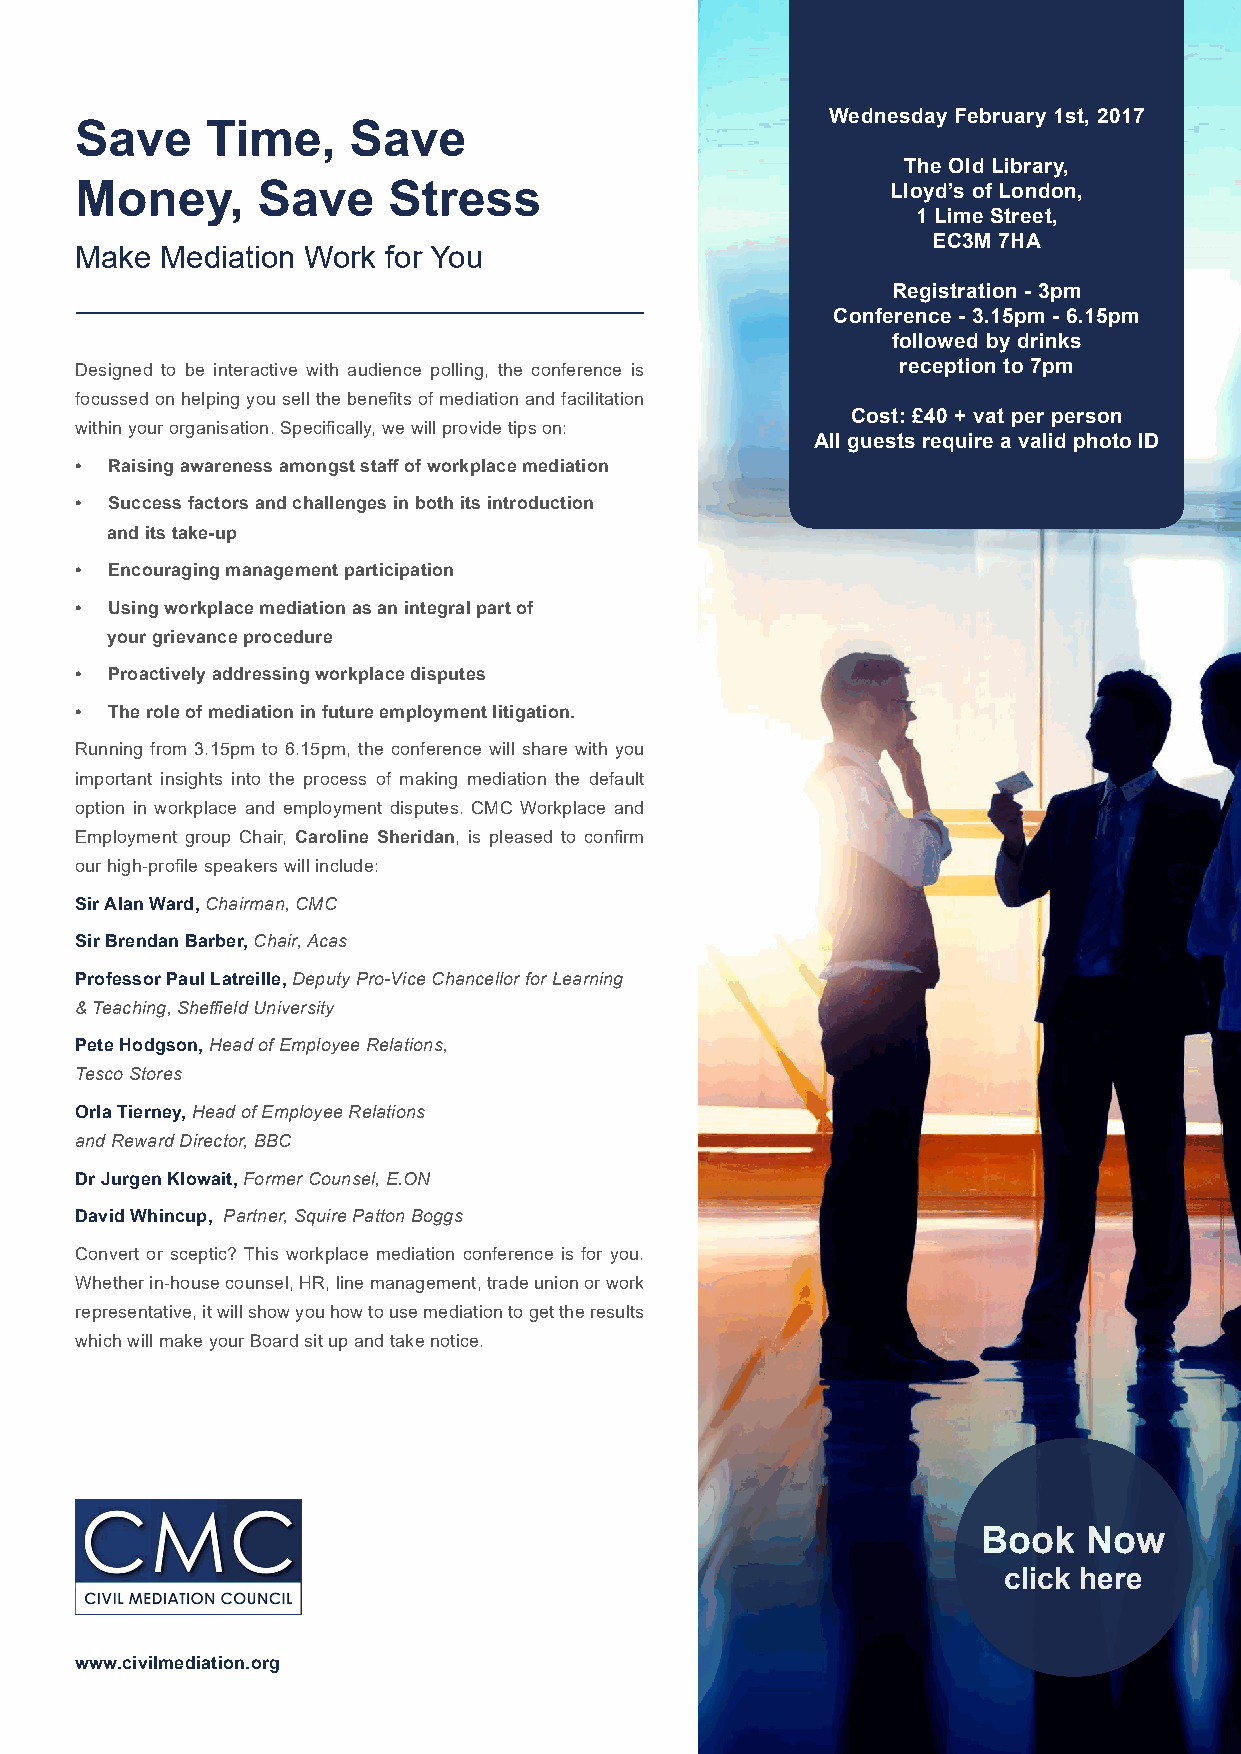
Wednesday February 1st, 2017
 Save     Time,    Save
 The Old Library,
 Money,      Save     Stress                           Lloyd’s of London,
 1 Lime Street,
 EC3M 7HA
 Make  Mediation Work for You
 Registration - 3pm
 Conference - 3.15pm - 6.15pm
 followed by drinks
 Designed to be interactive with audience polling, the conference is reception to 7pm
 focussed on helping you sell the benefits of mediation and facilitation
 Cost: £40 + vat per person
 within your organisation. Specifically, we will provide tips on:
 All guests require a valid photo ID
 • Raising awareness amongst staff of workplace mediation
 • Success factors and challenges in both its introduction
 and its take-up
 • Encouraging management participation
 • Using workplace mediation as an integral part of
 your grievance procedure
 • Proactively addressing workplace disputes
 • The role of mediation in future employment litigation.
 Running from 3.15pm to 6.15pm, the conference will share with you
 important insights into the process of making mediation the default
 option in workplace and employment disputes. CMC Workplace and
 Employment group Chair, Caroline Sheridan, is pleased to confirm
 our high-profile speakers will include:
 Sir Alan Ward, Chairman, CMC
 Sir Brendan Barber, Chair, Acas
 Professor Paul Latreille, Deputy Pro-Vice Chancellor for Learning
 & Teaching, Sheffield University
 Pete Hodgson, Head of Employee Relations,
 Tesco Stores
 Orla Tierney, Head of Employee Relations
 and Reward Director, BBC
 Dr Jurgen Klowait, Former Counsel, E.ON
 David Whincup, Partner, Squire Patton Boggs
 Convert or sceptic? This workplace mediation conference is for you.
 Whether in-house counsel, HR, line management, trade union or work
 representative, it will show you how to use mediation to get the results
 which will make your Board sit up and take notice.
 Book   Now
 click here
 www.civilmediation.org